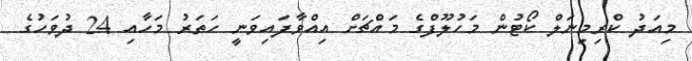
މިއަދު ކްރިމިނަލް ކޯޓުން މަހުލޫފްގެ މައްޗަށް އިއްވާފައިވަނީ ހަތަރު މަހާއި 24 ދުވަހުގެ